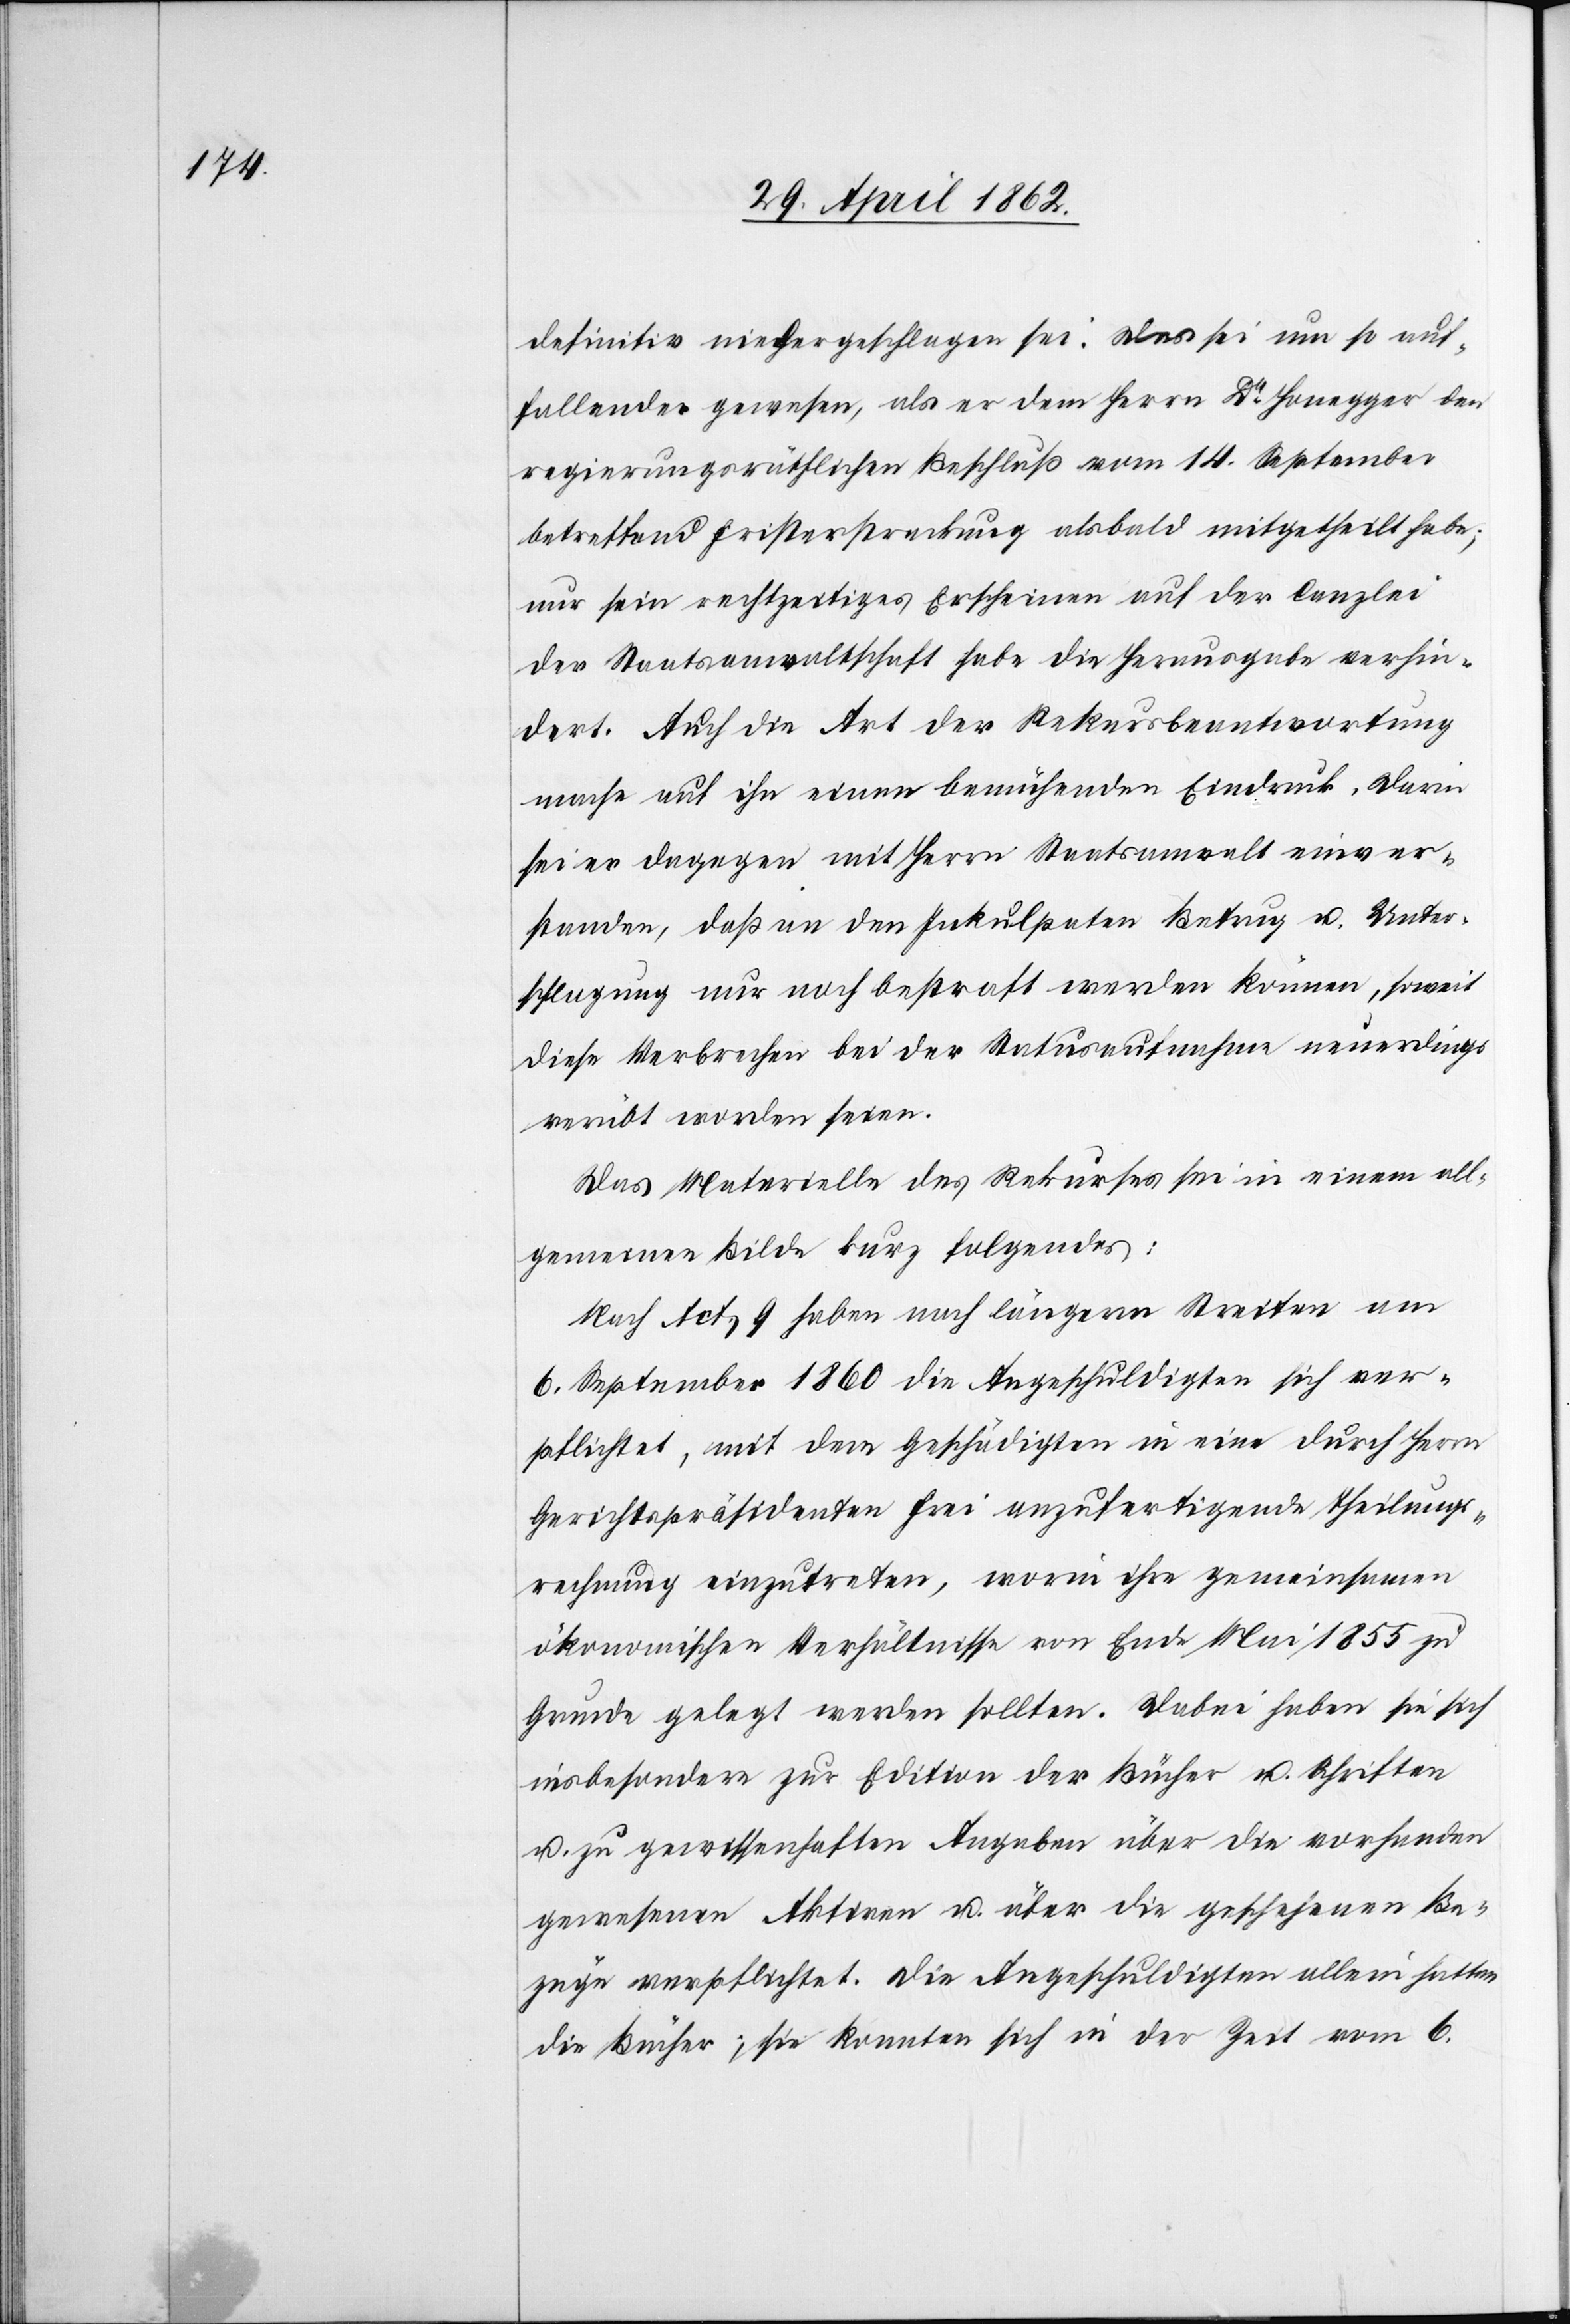
definitiv niedergeschlagen sei. Das sei um so auf¬
fallender gewesen, als er dem Herrn Dr. Honegger den
regierungsräthlichen Beschluß vom 14. September
betreffend Fristersteckung alsbald mitgetheilt habe,
nur sein rechtzeitiges Erscheinen auf der Canzlei
der Staatsanwaltschaft habe die Herausgabe verhin¬
dert. Auch die Art der Rekursbeantwortung
mache auf ihn einen bemühenden Eindruck. Darin
sei er dagegen mit Herrn Staatsanwalt einver¬
standen, daß an den Inkulpaten Betrug u. Unter¬
schlagung nur noch bestraft werden können, soweit
diese Verbrechen bei der Statusaufnahme neuerdings
verübt worden seien.
Das Materielle des Rekurses sei in einem all¬
gemeinen Bilde kurz folgendes:
Nach Act. 9 haben nach längerm Streiten am
Gerichtspräsidenten Frei anzufertigende Theilungs¬
rechnung einzutreten, worin ihre gemeinsamen
ökonomischen Verhältnisse von Ende Mai 1855 zu
Grunde gelegt werden sollten. Dabei haben sie sich
insbesondere zur Edition der Bücher u. Schriften
u. zu gewissenhaften Angaben über die vorhanden
gewesenen Aktiven u. über die geschehenen Be¬
züge verpflichtet. Die Angeschuldigten allein hatten
die Bücher; sie konnte sich in der Zeit vom 6.